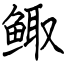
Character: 鲰